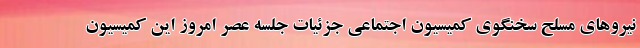
نیروهای مسلح سخنگوی کمیسیون اجتماعی جزئیات جلسه عصر امروز این کمیسیون